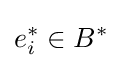
e_{i}^{*}\in B^{*}